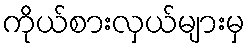
ကိုယ်စားလှယ်များမှ